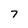
Character: 7